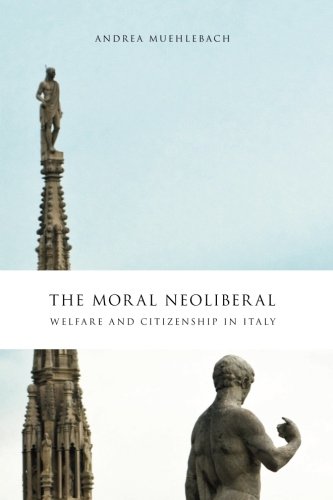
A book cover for The Moral Neoliberal: Welfare and Citizenship in Italy (Chicago Studies in Practices of Meaning); Andrea Muehlebach; Business & Money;